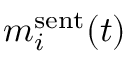
m _ { i } ^ { \mathrm { s e n t } } ( t )